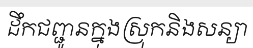
ដឹកជញ្ជូនក្នុងស្រុកនិងសន្យា